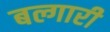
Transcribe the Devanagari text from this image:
बल्गारी